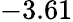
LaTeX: -3.61